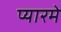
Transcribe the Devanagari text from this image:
प्यारमे